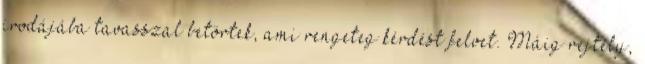
irodájába tavasszal betörtek, ami rengeteg kérdést felvet. Máig rejtély,